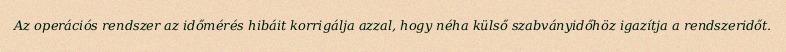
Az operációs rendszer az időmérés hibáit korrigálja azzal, hogy néha külső szabványidőhöz igazítja a rendszeridőt.